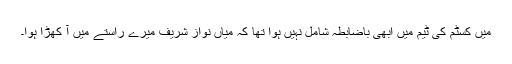
میں کسٹم کی ٹیم میں ابھی باضابطہ شامل نہیں ہوا تھا کہ میاں نواز شریف میرے راستے میں آ کھڑا ہوا۔